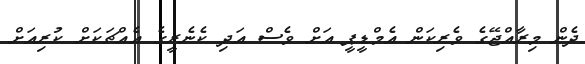
ދެން މިރާއްޖޭގެ ވެރިކަން އެމްޑީޕީ އަށް ވެސް އަދި ކެނެރީގެ އެއްޗަކަށް ކުރިއަށް